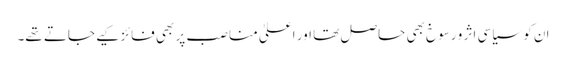
ان کو سیاسی اثر و رسوخ بھی حاصل تھا اور اعلیٰ مناصب پر بھی فائز کیے جاتے تھے۔